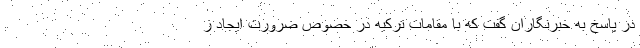
در پاسخ به خبرنگاران گفت که با مقامات ترکیه در خصوص ضرورت ایجاد ز